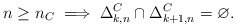
\begin{align*}n\geq n_C\implies\Delta_{k,n}^C\cap\Delta_{k+1,n}^C=\varnothing. \end{align*}